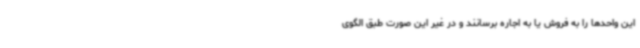
این واحدها را به فروش یا به اجاره برسانند و در غیر این صورت طبق الگوی